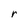
Character: r